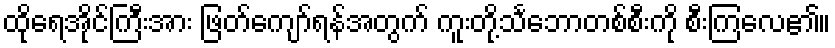
ထိုရေအိုင်ကြီးအား ဖြတ်ကျော်ရန်အတွက် ကူးတို့သင်္ဘောတစ်စီးကို စီးကြလေ၏။